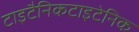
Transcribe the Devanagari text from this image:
टाइटैनिकटाइटेनिक